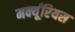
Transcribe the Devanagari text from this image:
मर्क्यूरियस